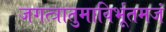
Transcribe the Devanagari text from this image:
जगत्त्रातुमाविर्भूतमजं